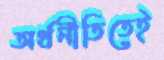
অর্থনীতিতেই